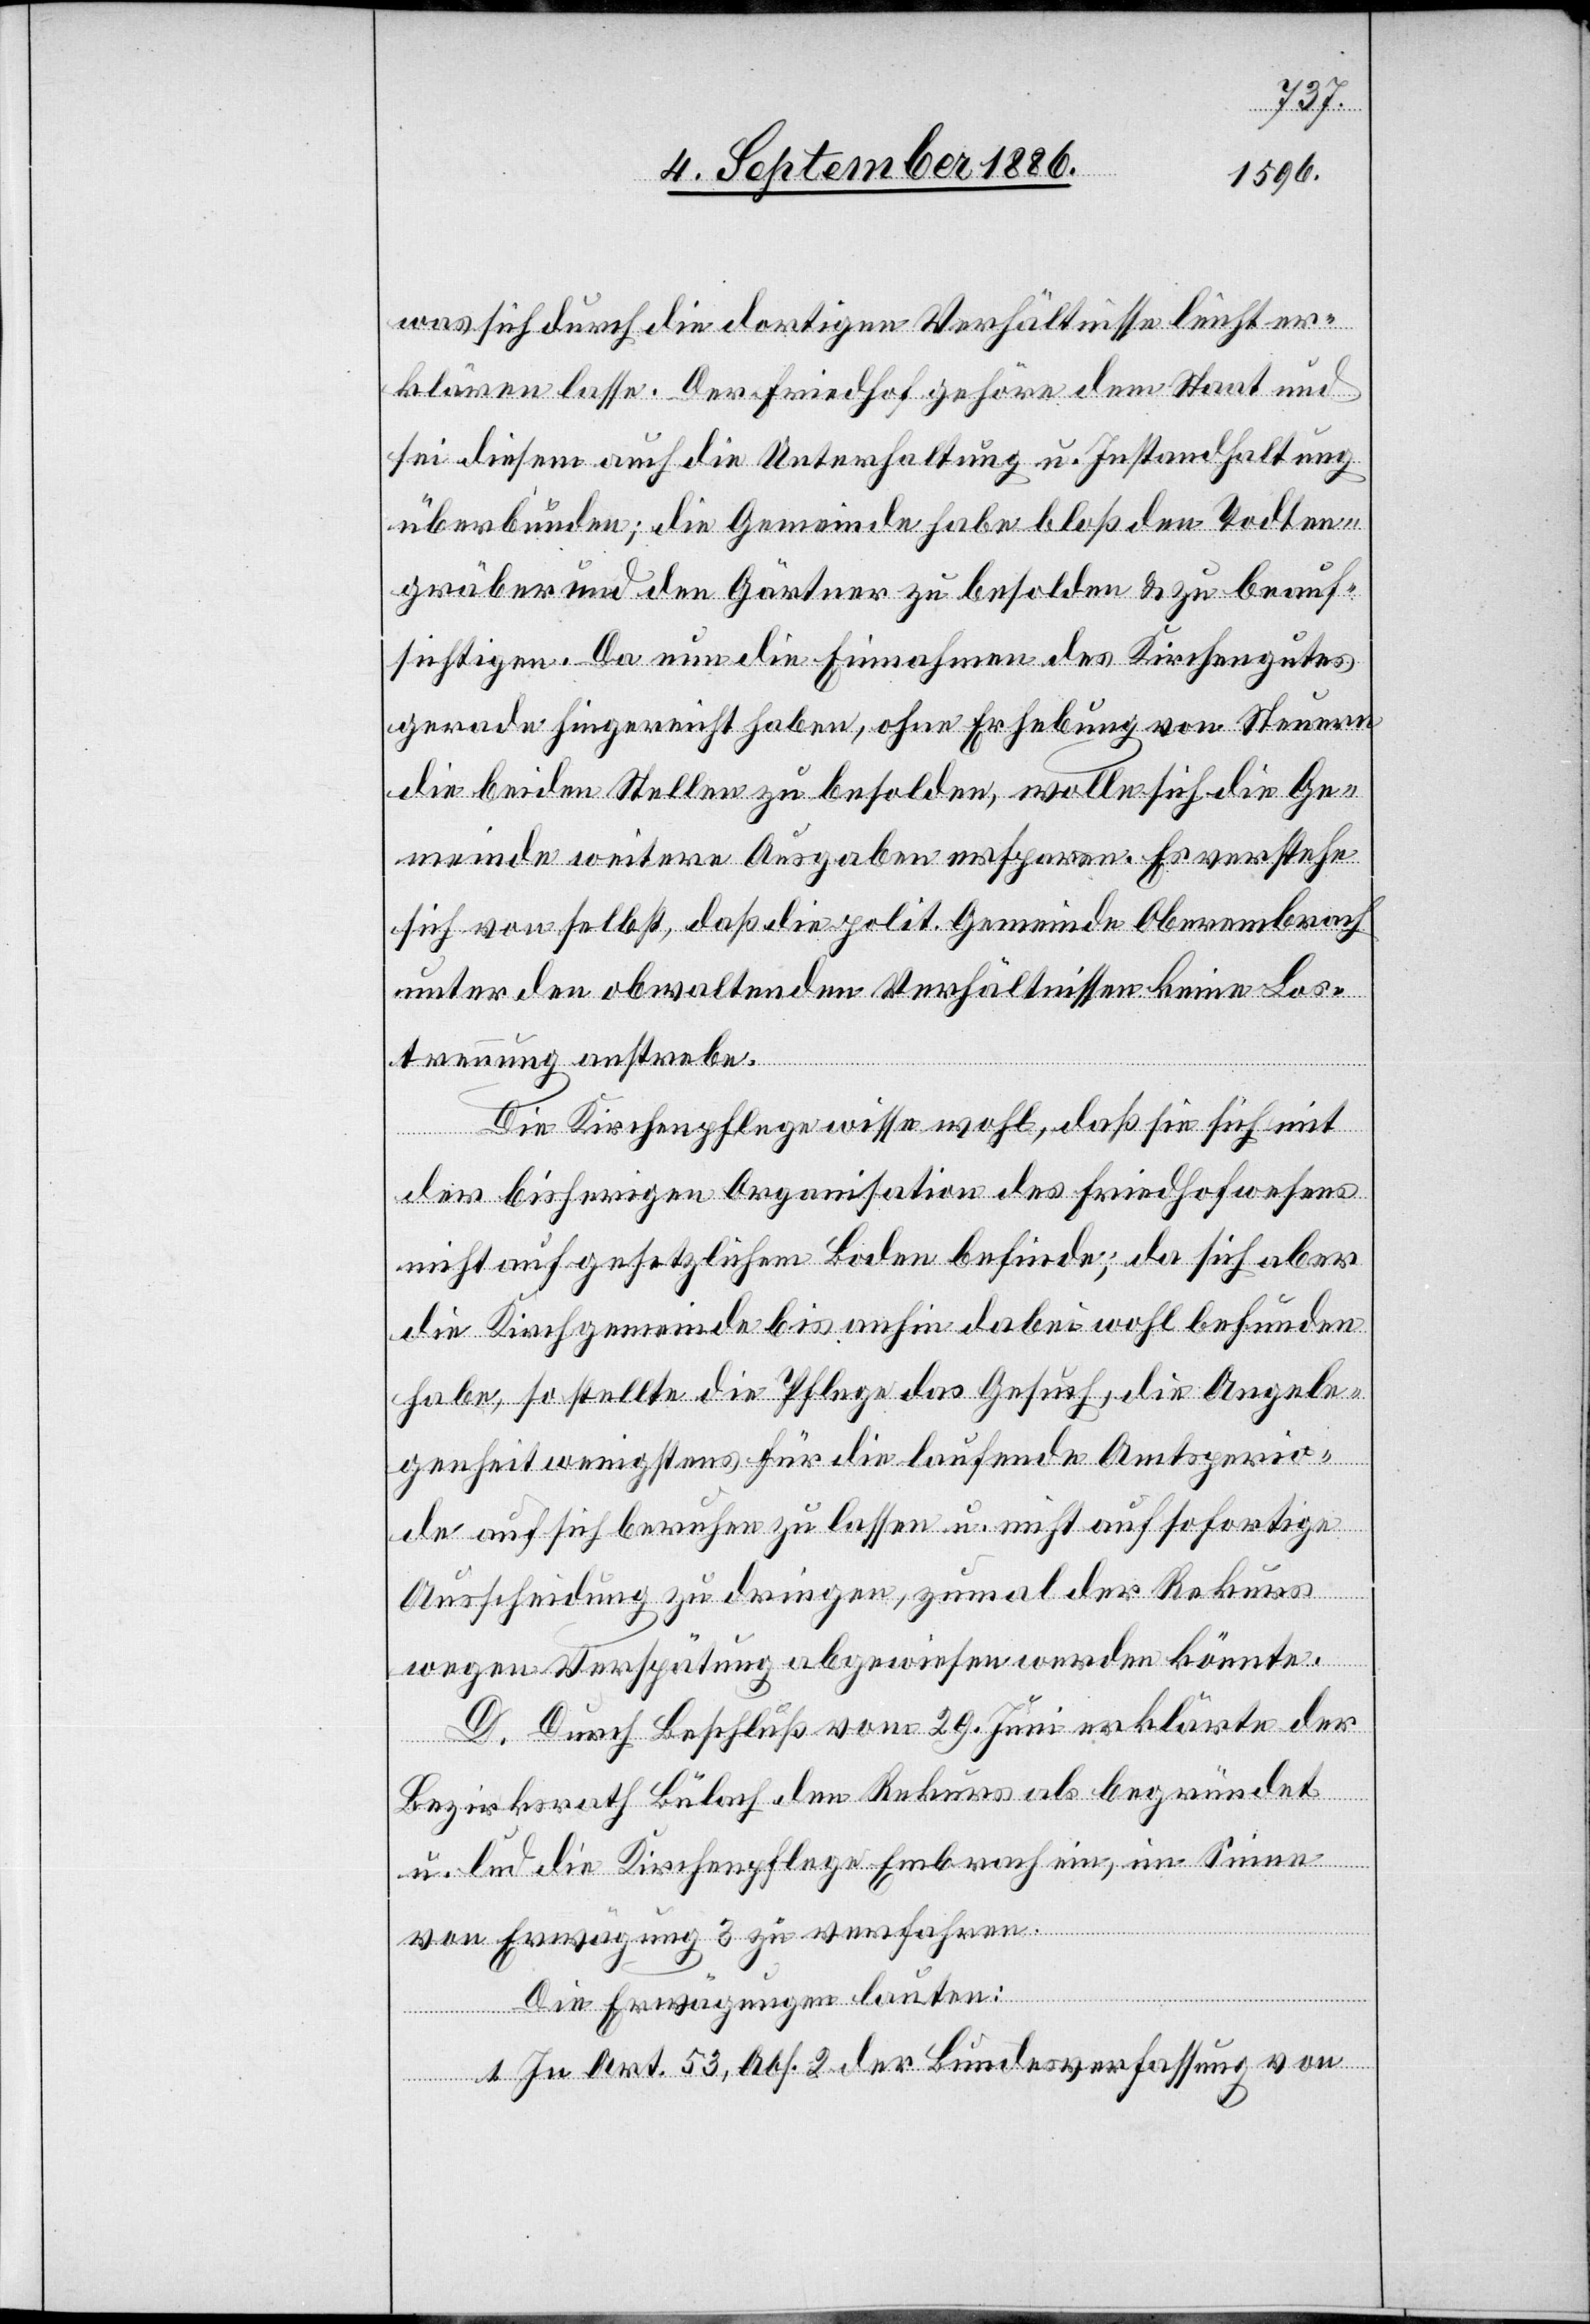
was sich durch die dortigen Verhältnisse leicht er¬
klären lasse. Der Friedhof gehöre dem Staat und
sei diesem auch die Unterhaltung u. Instandhaltung
überbunden; die Gemeinde habe bloß den Todten¬
gräber und den Gärtner zu besolden & zu beauf¬
sichtigen. Da nun die Einnahmen des Kirchengutes
gerade hingereicht haben, ohne Erhebung von Steuern
die beiden Stellen zu besolden, wolle sich die Ge¬
meinde weitere Ausgaben ersparen. Es verstehe
sich von selbst, daß die polit. Gemeinde Oberembrach
unter den obwaltenden Verhältnissen keine Los¬
trennung anstrebe.
Die Kirchenpflege wisse wohl, daß sie sich mit
der bisherigen Organisation des Friedhofwesens
nicht auf gesetzlichem Boden befinde; da sich aber
die Kirchgemeinde bis anhin dabei wohl befunden
habe, so stellte die Pflege das Gesuch, die Angele¬
genheit wenigstens für die laufende Amtsperio¬
de auf sich beruhen zu lassen u. nicht auf sofortige
Ausscheidung zu dringen, zumal der Rekurs
wegen Verspätung abgewiesen werden könnte.
D. Durch Beschluß vom 29. Juni erklärte der
Bezirksrath Bülach den Rekurs als begründet
u. lud die Kirchenpflege Embrach ein, im Sinne
von Erwägung 3 zu verfahren.
Die Erwägungen lauten:
1. In Art. 53, Abs. 2 der Bundesverfassung von